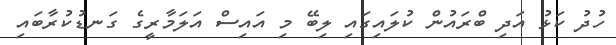
ހުދު ކަޅު އަދި ބްރައުން ކުލައިގައި ލިބޭ މި އައިސް އަލަމާރީގެ ގަނޑުކުރާބައި